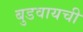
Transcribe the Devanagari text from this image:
बुडवायची